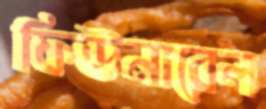
ফিউনারেল